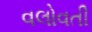
વલોવતી